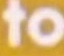
to